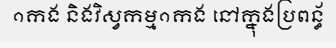
១កង និងវិស្វកម្ម១កង នៅក្នុងប្រពន្ធ័